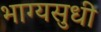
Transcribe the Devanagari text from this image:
भाग्यसुधी